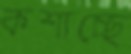
কশাচ্ছে